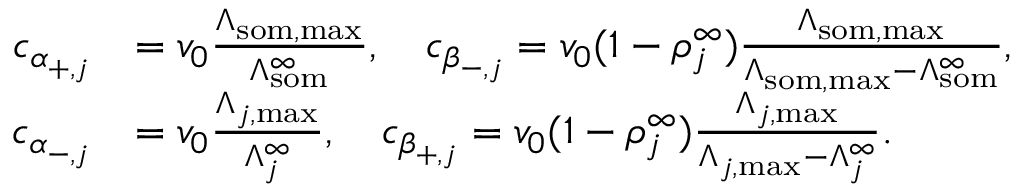
\begin{array} { r l } { c _ { \alpha _ { + , j } } } & { = v _ { 0 } \frac { \Lambda _ { \mathrm { s o m , m a x } } } { \Lambda _ { \mathrm { s o m } } ^ { \infty } } , \quad c _ { \beta _ { - , j } } = v _ { 0 } ( 1 - \rho _ { j } ^ { \infty } ) \frac { \Lambda _ { \mathrm { s o m , m a x } } } { \Lambda _ { \mathrm { s o m , m a x } } - \Lambda _ { \mathrm { s o m } } ^ { \infty } } , } \\ { c _ { \alpha _ { - , j } } } & { = v _ { 0 } \frac { \Lambda _ { j , \mathrm { m a x } } } { \Lambda _ { j } ^ { \infty } } , \quad c _ { \beta _ { + , j } } = v _ { 0 } ( 1 - \rho _ { j } ^ { \infty } ) \frac { \Lambda _ { j , \mathrm { m a x } } } { \Lambda _ { j , \mathrm { m a x } } - \Lambda _ { j } ^ { \infty } } . } \end{array}